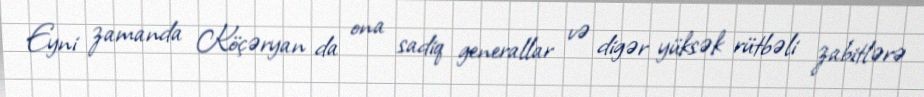
Eyni zamanda Köçəryan da ona sadiq generallar və digər yüksək rütbəli zabitlərə